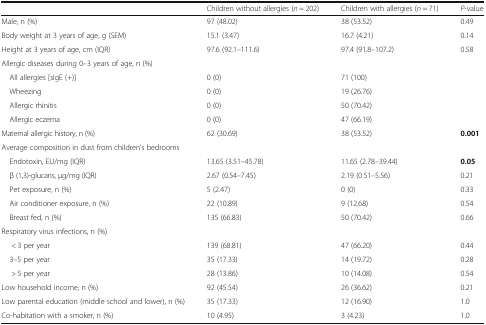
|  | Children without allergies (n = 202) | Children with allergies (n = 71) | P-value |
 | --- | --- | --- | --- |
 | Male, n (%) | 97 (48.02) | 38 (53.52) | 0.49 |
 | Body weight at 3 years of age, g (SEM) | 15.1 (3.47) | 16.7 (4.21) | 0.14 |
 | Height at 3 years of age, cm (IQR) | 97.6 (92.1–111.6) | 97.4 (91.8–107.2) | 0.58 |
 | <COLSPAN=4> Allergic diseases during 0–3 years of age, n (%) |
 | All allergies [sIgE (+)] | 0 (0) | 71 (100) |  |
 | Wheezing | 0 (0) | 19 (26.76) |  |
 | Allergic rhinitis | 0 (0) | 50 (70.42) |  |
 | Allergic eczema | 0 (0) | 47 (66.19) |  |
 | Maternal allergic history, n (%) | 62 (30.69) | 38 (53.52) | 0.001 |
 | <COLSPAN=4> Average composition in dust from children’s bedrooms |
 | Endotoxin, EU/mg (IQR) | 13.65 (3.51–45.78) | 11.65 (2.78–39.44) | 0.05 |
 | β (1,3)-glucans, μg/mg (IQR) | 2.67 (0.54–7.45) | 2.19 (0.51–5.56) | 0.21 |
 | Pet exposure, n (%) | 5 (2.47) | 0 (0) | 0.33 |
 | Air conditioner exposure, n (%) | 22 (10.89) | 9 (12.68) | 0.54 |
 | Breast fed, n (%) | 135 (66.83) | 50 (70.42) | 0.66 |
 | <COLSPAN=4> Respiratory virus infections, n (%) |
 | < 3 per year | 139 (68.81) | 47 (66.20) | 0.44 |
 | 3–5 per year | 35 (17.33) | 14 (19.72) | 0.28 |
 | > 5 per year | 28 (13.86) | 10 (14.08) | 0.54 |
 | Low household income, n (%) | 92 (45.54) | 26 (36.62) | 0.21 |
 | Low parental education (middle school and lower), n (%) | 35 (17.33) | 12 (16.90) | 1.0 |
 | Co-habitation with a smoker, n (%) | 10 (4.95) | 3 (4.23) | 1.0 |